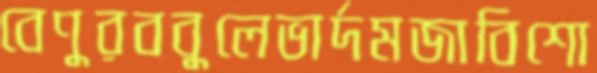
বেণুরববুলেভার্দমজাবিশো